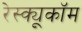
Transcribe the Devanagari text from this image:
रेस्क्यूकॉम